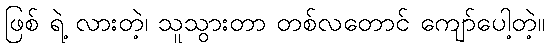
ဖြစ် ရဲ့ လားတဲ့၊ သူသွားတာ တစ်လတောင် ကျော်ပေါ့တဲ့။